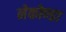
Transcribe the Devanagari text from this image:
नेकोण्डा